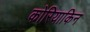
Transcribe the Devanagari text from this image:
कोरियाकिन